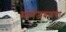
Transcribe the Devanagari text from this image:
मानेजवळचा